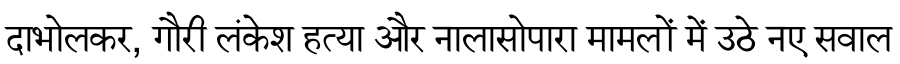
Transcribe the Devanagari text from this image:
दाभोलकर, गौरी लंकेश हत्या और नालासोपारा मामलों में उठे नए सवाल